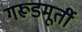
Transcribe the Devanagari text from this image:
गरूडमूर्ती